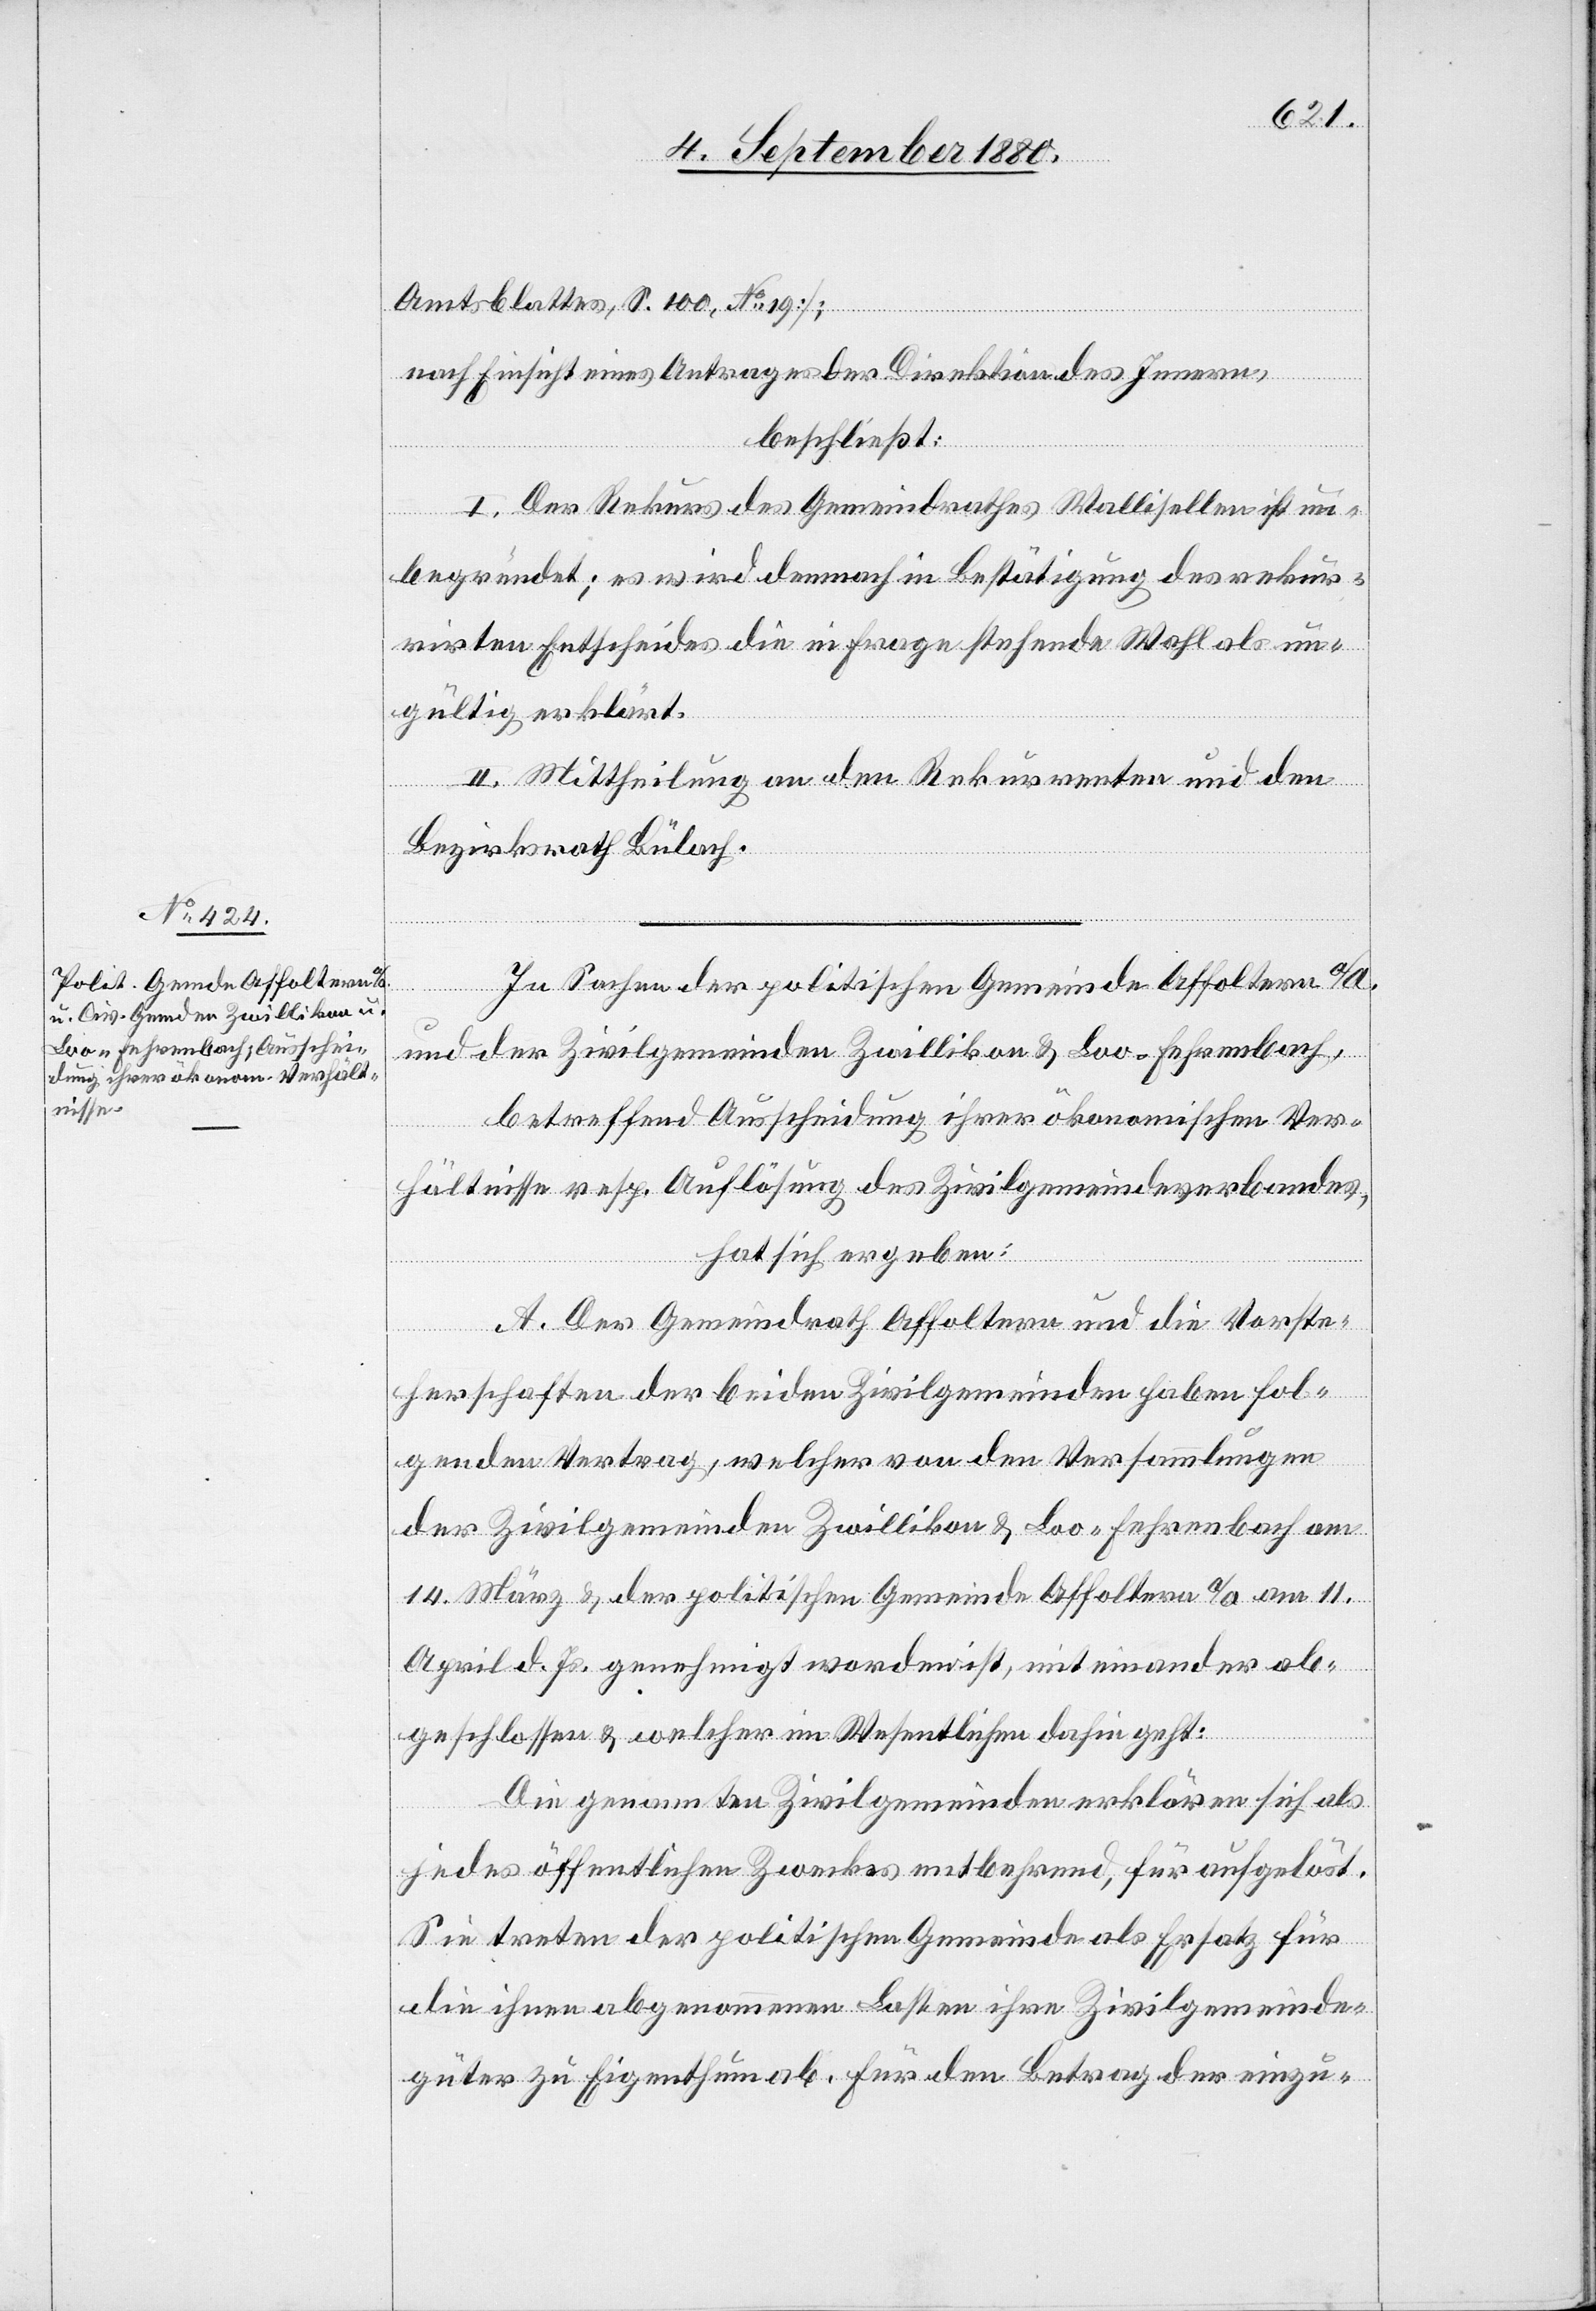
Amtsblattes, S. 100, No 19];
nach Einsicht eines Antrages der Direktion des Innern,
beschließt:
I. Der Rekurs des Gemeindrathes Wallisellen ist un¬
begründet; es wird demnach in Bestätigung des rekur¬
rirten Entscheides die in Frage stehende Wahl als un¬
gültig erklärt.
II. Mittheilung an den Rekurrenten und den
Bezirksrath Bülach.
In Sachen der politischen Gemeinde Affoltern a/a
und der Zivilgemeinden Zwillikon & Loo-Fehrenbach,
betreffend Ausscheidung ihrer ökonomischen Ver¬
hältnisse resp. Auflösung des Zivilgemeindeverbandes,
hat sich ergeben:
A. Der Gemeindrath Affoltern und die Vorste¬
herschaft der beiden Zivilgemeinden haben fol¬
genden Vertrag, welcher von den Versammlungen
der Zivilgemeinden Zwillikon & Loo-Fehrenbach am
14. März & der politischen Gemeinde Affoltern a/a am 11.
April d. Js. genehmigt worden ist, mit einander ab¬
geschlossen & welcher im Wesentlichen dahin geht:
Die genannten Zivilgemeinden erklären sich als
jedes öffentlichen Zweckes entbehrend, für aufgelöst.
Sie treten der politischen Gemeinde als Ersatz für
die ihnen abgenommenen Lasten ihre Zivilgemeinde¬
güter zu Eigenthum ab. Für den Betrag der einzu-